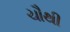
ચૌથી